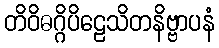
တိဝိဓဂ္ဂိပိဠေသိတနိဗ္ဗာပနံ